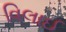
વિલાઈ